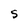
Character: S